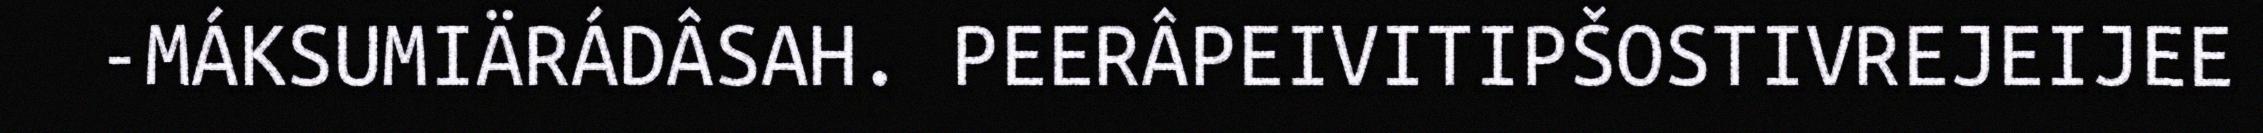
-MÁKSUMIÄRÁDÂSAH. PEERÂPEIVITIPŠOSTIVREJEIJEE